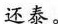
还泰。